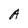
Character: A